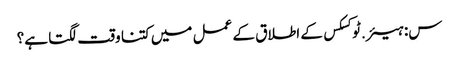
س: ہیئر.ٹوکسکس کے اطلاق کے عمل میں کتنا وقت لگتا ہے؟